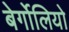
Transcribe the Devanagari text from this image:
बेर्गोलियो